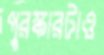
পুরস্কারটাও